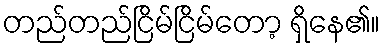
တည်တည်ငြိမ်ငြိမ်တော့ ရှိနေ၏။